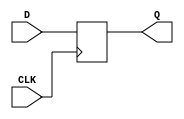
module d_latch (
    input D,
    input CLK,
    output reg Q
);

// D latch implementation
always @(posedge CLK) begin
    Q <= D;
end

endmodule